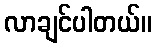
လာချင်ပါတယ်။